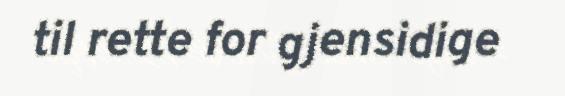
til rette for gjensidige